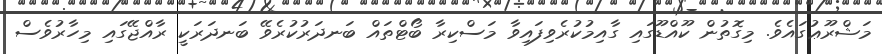
މަޝްރޫޢުގައެވެ. މިގޮތުން ކޫއްޑޫގައި ގާއިމުކުރެވިފައިވާ މަސްކިރާ ބޯޓްތައް ބަނދަރުކުރެވޭ ބަނދަރަކީ ރާއްޖޭގައި މިހާރުވެސް